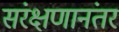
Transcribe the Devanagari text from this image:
संरक्षणानंतर